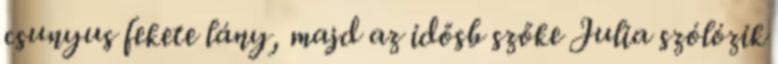
csunyus fekete lány, majd az idősb szőke Julia szólózik